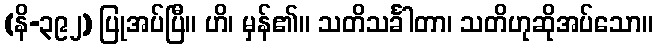
(နိ-၃၉၂) ပြုအပ်ပြီ။ ဟိ၊ မှန်၏။ သတိသင်္ခါတာ၊ သတိဟုဆိုအပ်သော။